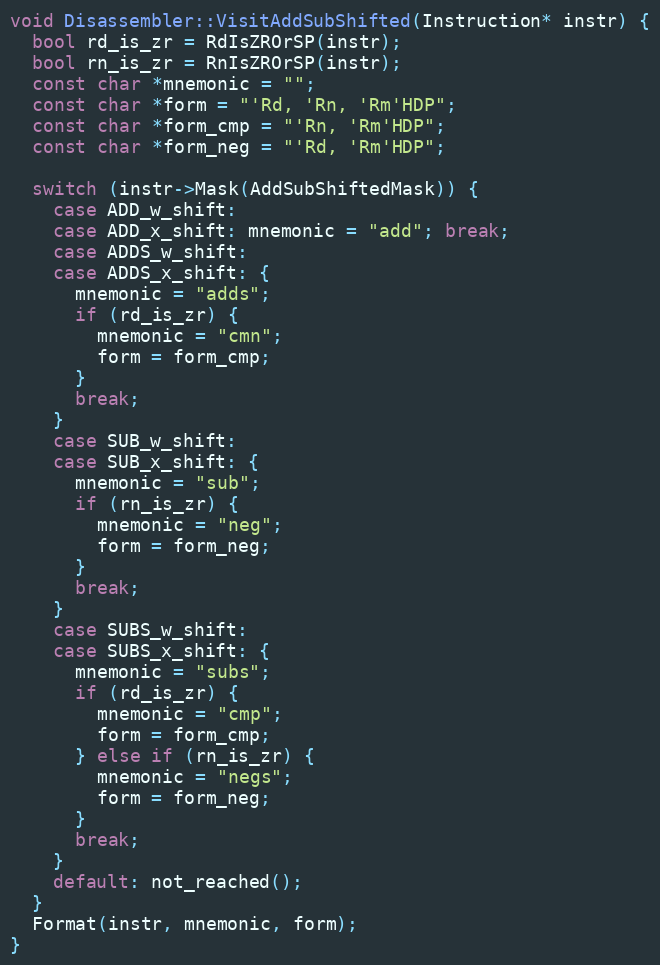
Language: C++
void Disassembler::VisitAddSubShifted(Instruction* instr) {
  bool rd_is_zr = RdIsZROrSP(instr);
  bool rn_is_zr = RnIsZROrSP(instr);
  const char *mnemonic = "";
  const char *form = "'Rd, 'Rn, 'Rm'HDP";
  const char *form_cmp = "'Rn, 'Rm'HDP";
  const char *form_neg = "'Rd, 'Rm'HDP";

  switch (instr->Mask(AddSubShiftedMask)) {
    case ADD_w_shift:
    case ADD_x_shift: mnemonic = "add"; break;
    case ADDS_w_shift:
    case ADDS_x_shift: {
      mnemonic = "adds";
      if (rd_is_zr) {
        mnemonic = "cmn";
        form = form_cmp;
      }
      break;
    }
    case SUB_w_shift:
    case SUB_x_shift: {
      mnemonic = "sub";
      if (rn_is_zr) {
        mnemonic = "neg";
        form = form_neg;
      }
      break;
    }
    case SUBS_w_shift:
    case SUBS_x_shift: {
      mnemonic = "subs";
      if (rd_is_zr) {
        mnemonic = "cmp";
        form = form_cmp;
      } else if (rn_is_zr) {
        mnemonic = "negs";
        form = form_neg;
      }
      break;
    }
    default: not_reached();
  }
  Format(instr, mnemonic, form);
}